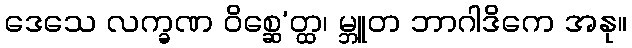
ဒေသေ လက္ခဏ ဝိစ္ဆေ’တ္ထ၊ မ္ဘူတ ဘာဂါဒိကေ အနု။